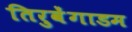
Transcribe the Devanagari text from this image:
तिरुवेंगाडम